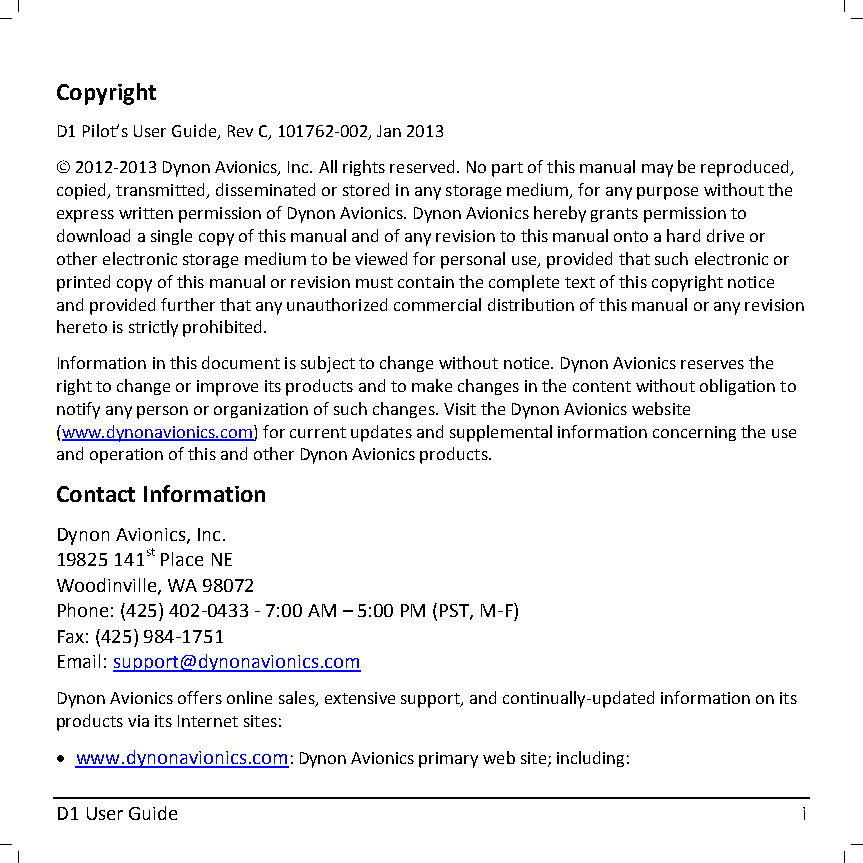
Copyright
 D1 Pilot’s User Guide, Rev C, 101762-002, Jan 2013
  2012-2013 Dynon Avionics, Inc. All rights reserved. No part of this manual may be reproduced,
 copied, transmitted, disseminated or stored in any storage medium, for any purpose without the
 express written permission of Dynon Avionics. Dynon Avionics hereby grants permission to
 download a single copy of this manual and of any revision to this manual onto a hard drive or
 other electronic storage medium to be viewed for personal use, provided that such electronic or
 printed copy of this manual or revision must contain the complete text of this copyright notice
 and provided further that any unauthorized commercial distribution of this manual or any revision
 hereto is strictly prohibited.
 Information in this document is subject to change without notice. Dynon Avionics reserves the
 right to change or improve its products and to make changes in the content without obligation to
 notify any person or organization of such changes. Visit the Dynon Avionics website
 (www.dynonavionics.com) for current updates and supplemental information concerning the use
 and operation of this and other Dynon Avionics products.
 Contact Information
 Dynon Avionics, Inc.
 19825 141st Place NE
 Woodinville, WA 98072
 Phone: (425) 402-0433 - 7:00 AM – 5:00 PM (PST, M-F)
 Fax: (425) 984-1751
 Email: support@dynonavionics.com
 Dynon Avionics offers online sales, extensive support, and continually-updated information on its
 products via its Internet sites:
  www.dynonavionics.com: Dynon Avionics primary web site; including:
 D1 User Guide                                    i